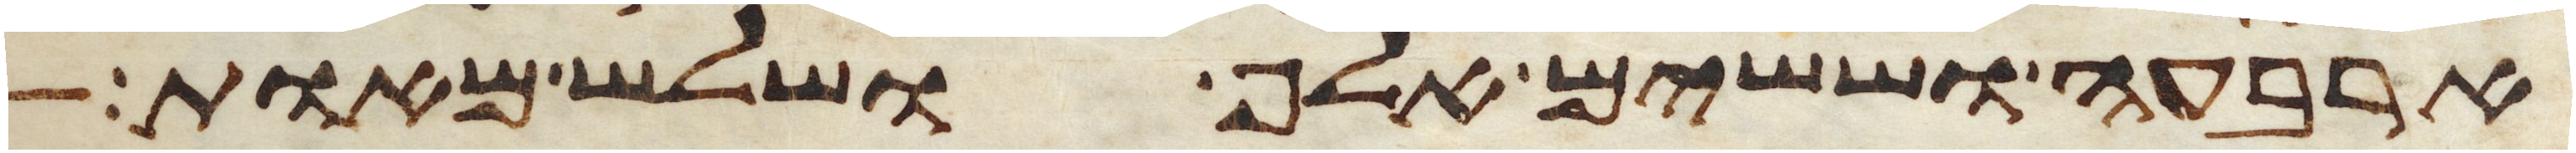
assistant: ארבעה וששים אלף ושלש מאות